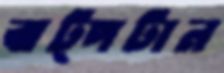
ঝট্‌পটান